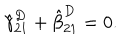
\hat { \gamma } _ { 2 1 } ^ { D } + \hat { \beta } _ { 2 1 } ^ { D } = 0 .